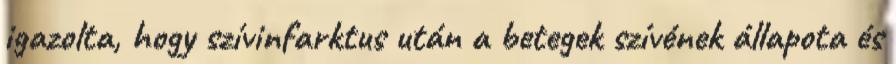
igazolta, hogy szívinfarktus után a betegek szívének állapota és